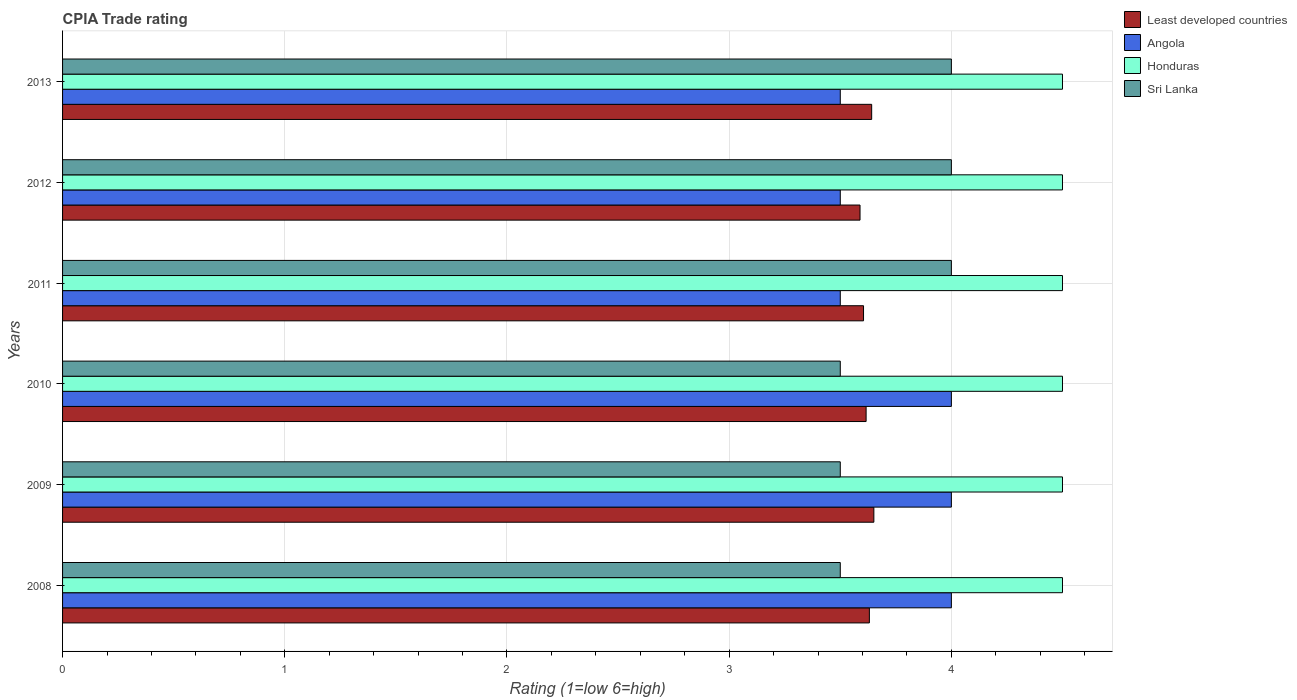
| Years | Least developed countries | Angola | Honduras | Sri Lanka |
 | --- | --- | --- | --- | --- |
 | 2008 | 3.63 | 4 | 4.5 | 3.5 |
 | 2009 | 3.65 | 4 | 4.5 | 3.5 |
 | 2010 | 3.62 | 4 | 4.5 | 3.5 |
 | 2011 | 3.6 | 3.5 | 4.5 | 4 |
 | 2012 | 3.59 | 3.5 | 4.5 | 4 |
 | 2013 | 3.64 | 3.5 | 4.5 | 4 |